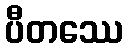
ပီတဿေ